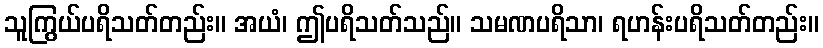
သူကြွယ်ပရိသတ်တည်း။ အယံ၊ ဤပရိသတ်သည်။ သမဏပရိသာ၊ ရဟန်းပရိသတ်တည်း။